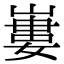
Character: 㟺